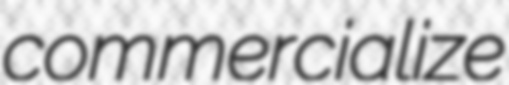
commercialize